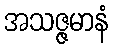
အသဇ္ဇမာနံ